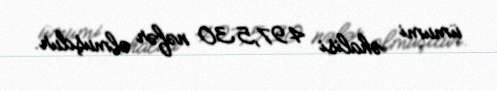
ümumi əhalisi 497,530 nəfər olmuşdur.